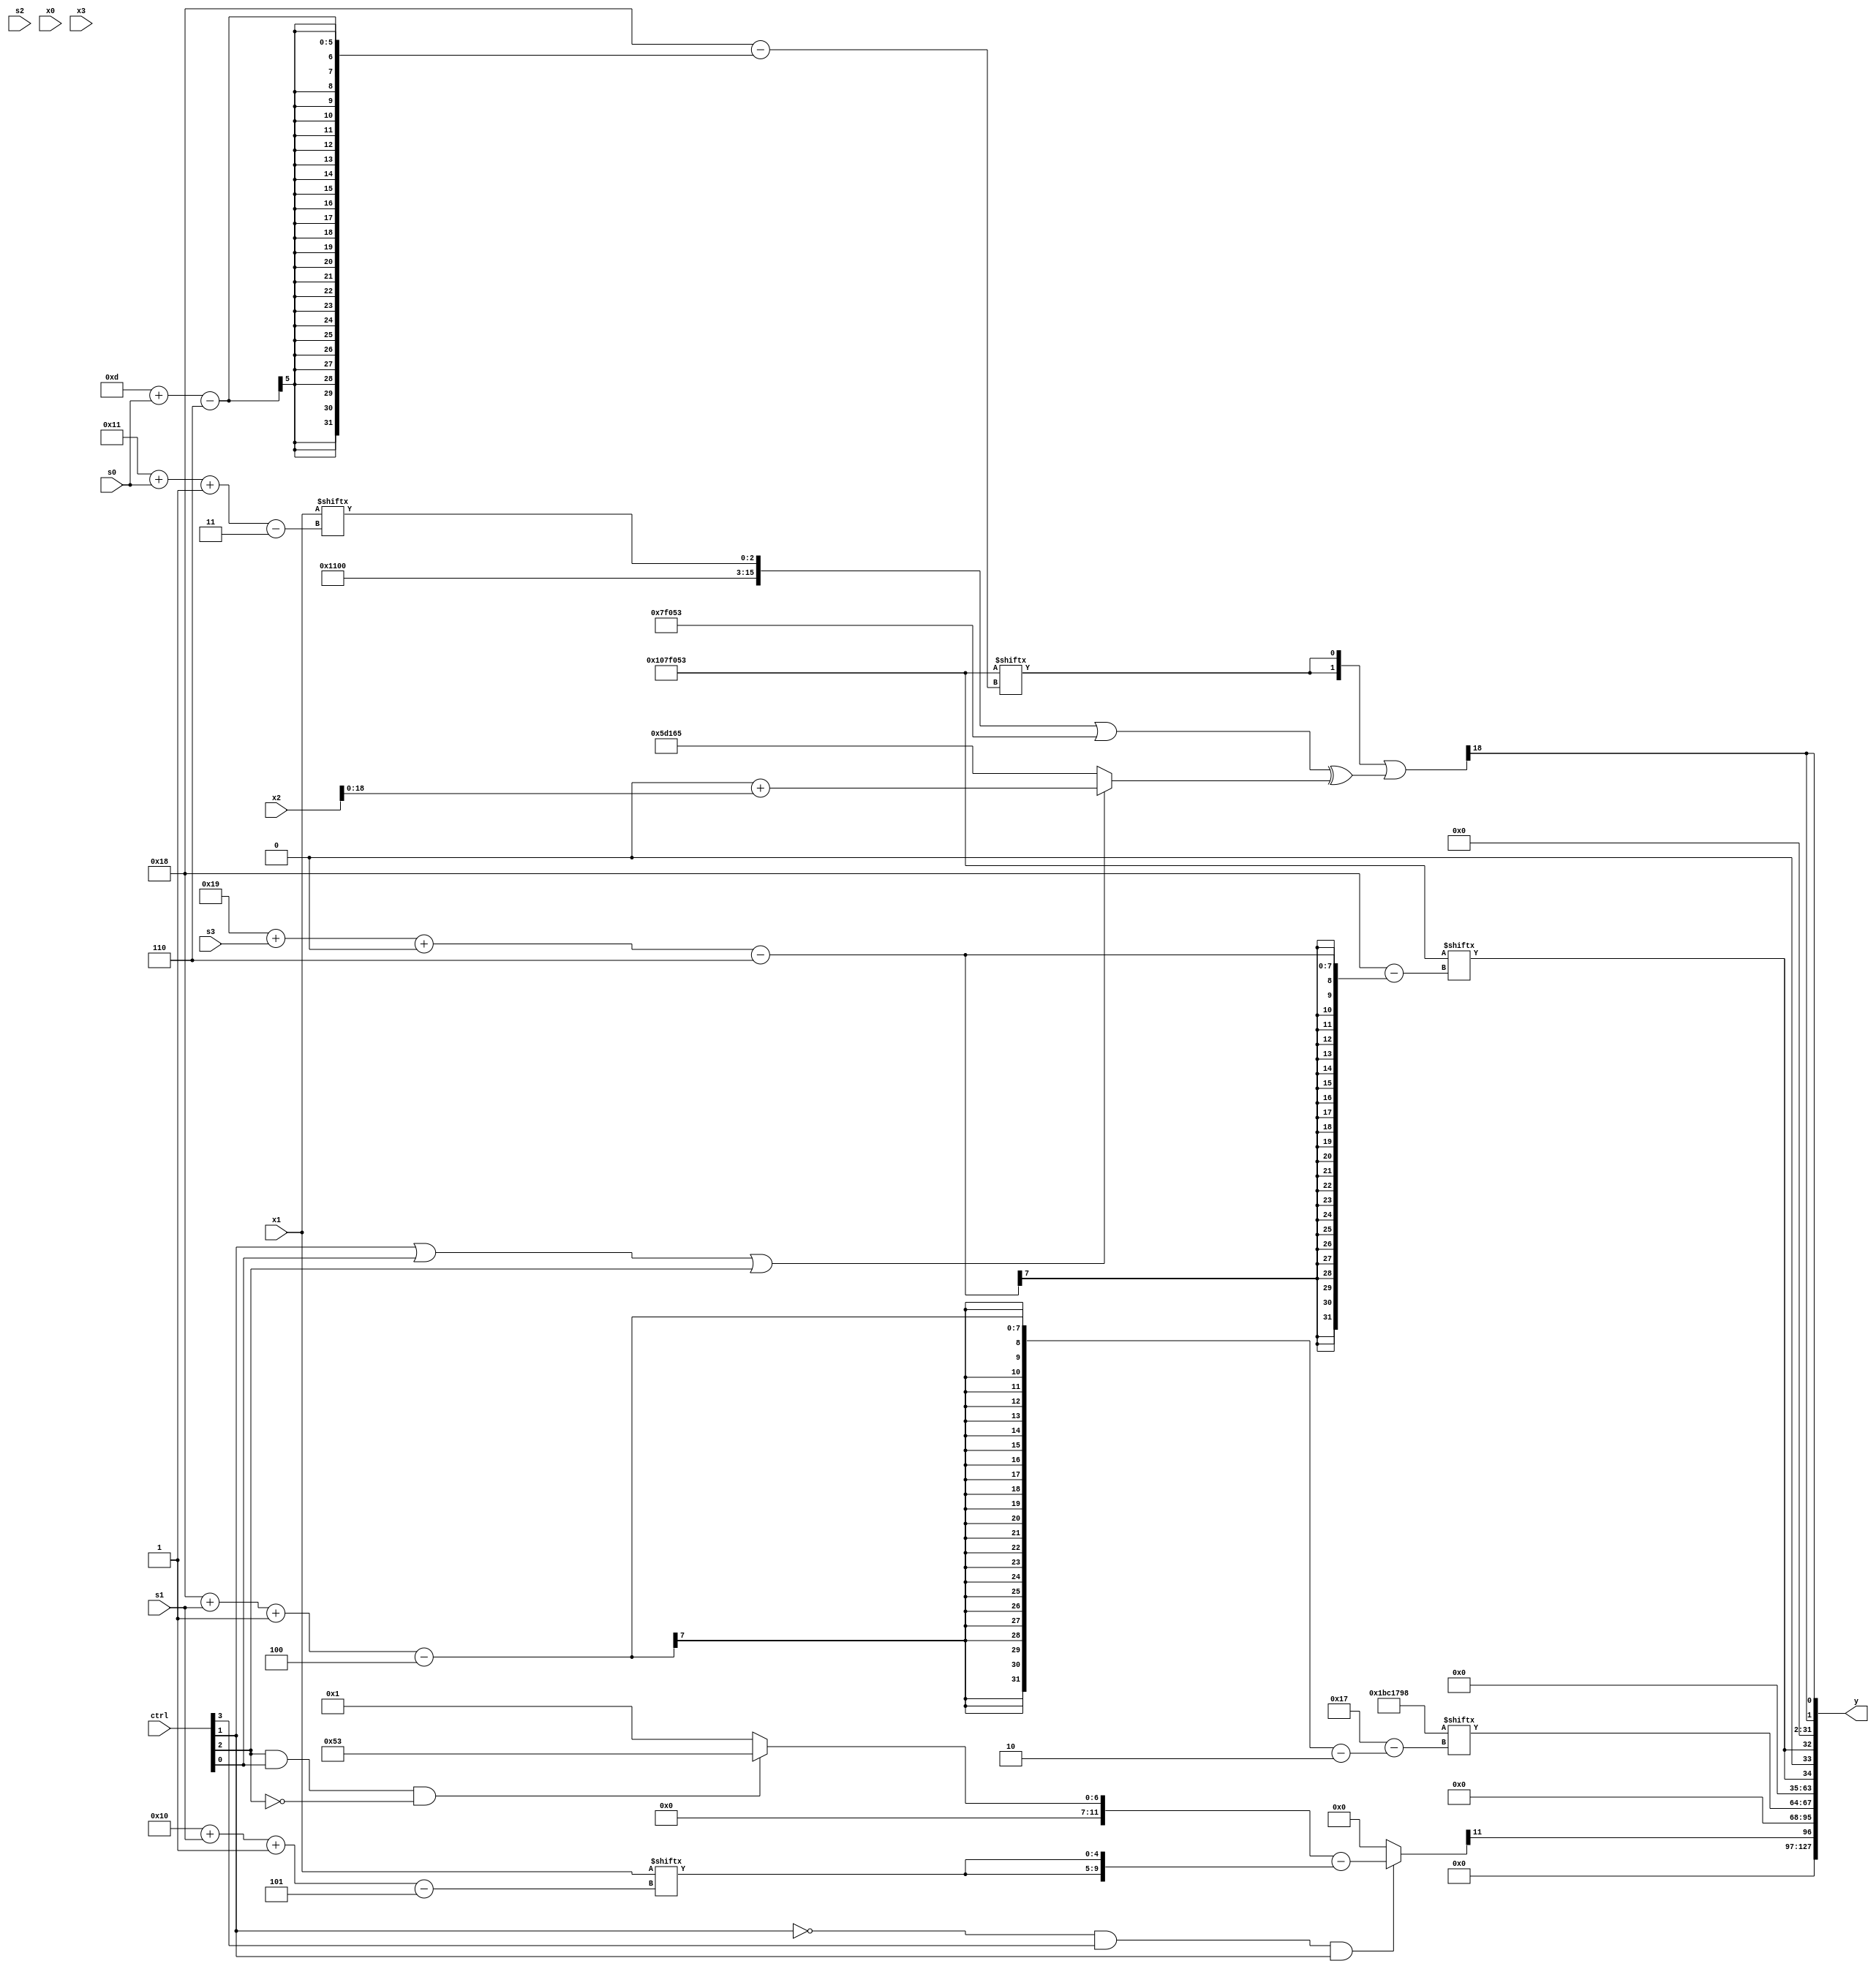
module partsel_00003(ctrl, s0, s1, s2, s3, x0, x1, x2, x3, y);
  input [3:0] ctrl;
  input [2:0] s0;
  input [2:0] s1;
  input [2:0] s2;
  input [2:0] s3;
  input [31:0] x0;
  input [31:0] x1;
  input signed [31:0] x2;
  input [31:0] x3;
  wire [3:31] x4;
  wire [26:7] x5;
  wire [6:28] x6;
  wire signed [30:2] x7;
  wire [26:5] x8;
  wire signed [7:26] x9;
  wire signed [31:1] x10;
  wire [28:4] x11;
  wire [4:30] x12;
  wire signed [4:27] x13;
  wire [27:7] x14;
  wire [7:24] x15;
  output [127:0] y;
  wire [31:0] y0;
  wire signed [31:0] y1;
  wire [31:0] y2;
  wire [31:0] y3;
  assign y = {y0,y1,y2,y3};
  localparam signed [6:30] p0 = 654831699;
  localparam [24:7] p1 = 52343228;
  localparam [6:24] p2 = 160289125;
  localparam [2:28] p3 = 431757208;
  assign x4 = x0;
  assign x5 = (((x1[13 +: 1] & p1) + x4) & (x0[15] ^ {2{p1[23 + s1 +: 7]}}));
  assign x6 = (!ctrl[1] && ctrl[3] && ctrl[1] ? {2{((ctrl[2] && ctrl[0] && !ctrl[2] ? p0 : p0[17]) - {2{x1[16 + s1 -: 5]}})}} : p0[21 -: 3]);
  assign x7 = ({2{p0[13 + s0]}} | (({(p2 & p3), x1[17 + s0 -: 3]} | ({2{p0}} ^ p3[17 +: 1])) ^ (ctrl[1] || ctrl[0] || ctrl[2] ? {p3[15 + s3], (p2[11] + x2)} : {2{p2}})));
  assign x8 = x1[18 + s0 -: 1];
  assign x9 = (ctrl[2] && !ctrl[1] && !ctrl[2] ? {2{x7[9 + s1 -: 1]}} : (!ctrl[3] || ctrl[0] && !ctrl[0] ? {2{{2{x6[14 +: 2]}}}} : x0[21]));
  assign x10 = p1[7 + s2];
  assign x11 = ({({2{(p3[12] ^ x7)}} & {2{(x0 - p0)}}), x0[16 + s3 +: 1]} | x7);
  assign x12 = {2{x5[28 + s3 +: 1]}};
  assign x13 = {x3[19], x9[15 + s3 +: 6]};
  assign x14 = x0[21 -: 1];
  assign x15 = (!ctrl[1] && !ctrl[0] && ctrl[3] ? ((p2[7 + s3] & {2{x13[16 + s2]}}) ^ ({p1, x8[19 + s0]} & p1)) : (x3[3 + s0 +: 8] ^ (p2[12 +: 1] ^ ((x8 | (x13[13] - (x8[14 + s0 -: 4] & p0[8 + s3 +: 6]))) & {2{p1[13 -: 3]}}))));
  assign y0 = x6[17];
  assign y1 = p3[24 + s1 -: 4];
  assign y2 = {{{2{p0[23 -: 1]}}, p3[11 +: 1]}, {2{({2{p3[11]}} ^ p0[25 + s3 +: 1])}}};
  assign y3 = {2{x7[20]}};
endmodule